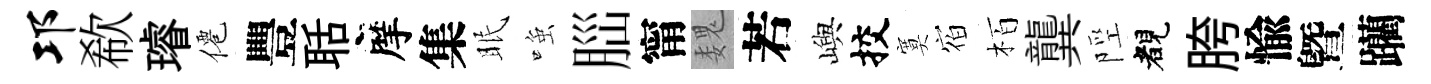
邛欷璿僊豐聒摩集眠𫪻𦛁甯魏若嶼挍寞𪧐栢龔陘睹胯愉曁躪